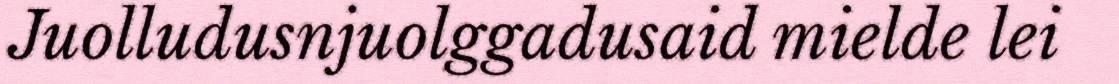
Juolludusnjuolggadusaid mielde lei